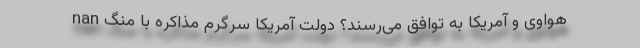
nan هواوی و آمریکا به توافق می‌رسند؟ دولت آمریکا سرگرم مذاکره با منگ